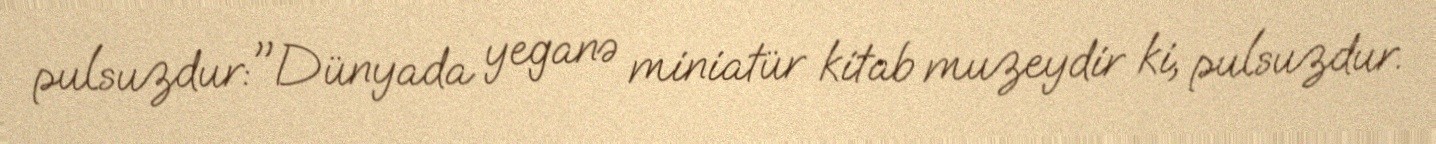
pulsuzdur:"Dünyada yeganə miniatür kitab muzeydir ki, pulsuzdur.